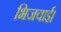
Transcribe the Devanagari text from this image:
भिजवाई।